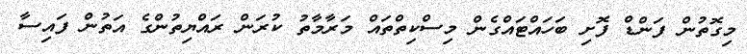
މިގޮތުން ފަންޑް ފޮށި ބަހައްޓައްގެން މިސްކިތްތައް މަރާމާތު ކުރަން ރައްޔިތުންގެ އަތުން ފައިސާ